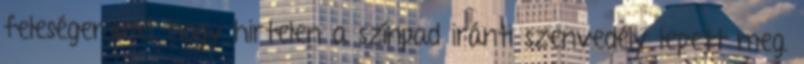
feleségemmel, hogy hirtelen a színpad iránti szenvedély lepett meg.